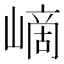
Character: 㠃